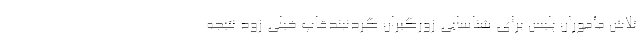
تلاش مأموران پلیس برای شناسایی زورگیران گردنبندقاپ خیلی زود نتیجه